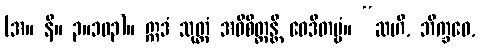
(အ။ နိ။ ၃။၁၀၃)။ ဣဒံ သုတ္တံ အဓိစိတ္တန္တိ ဝေဒိတဗ္ဗံ။ “ဆဟိ, ဘိက္ခဝေ,